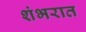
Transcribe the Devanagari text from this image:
शंभरात